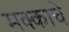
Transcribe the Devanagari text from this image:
मक्काचे